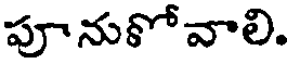
పూనుోవాలి.